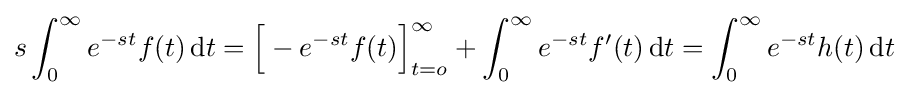
s\int _{0}^{\infty }e^{-st}f(t)\,\mathrm {d} t={\Big [}-e^{-st}f(t){\Big ]}_{t=o}^{\infty }+\int _{0}^{\infty }e^{-st}f'(t)\,\mathrm {d} t=\int _{0}^{\infty }e^{-st}h(t)\,\mathrm {d} t